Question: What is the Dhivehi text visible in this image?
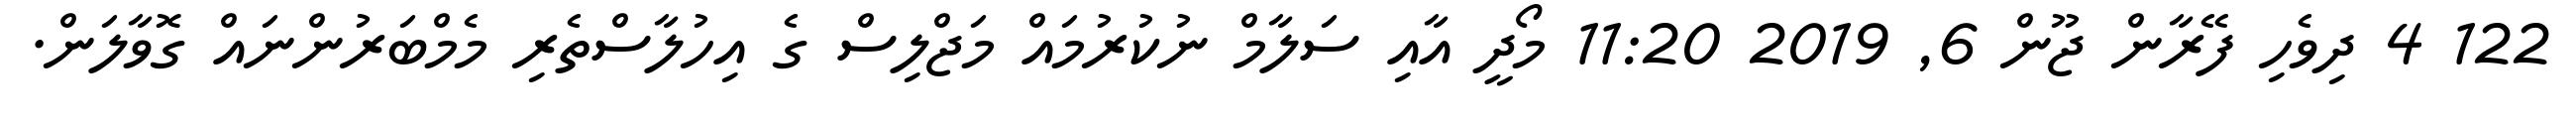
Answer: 122 4 ދިވެހި ފޭރާން ޖޫން 6, 2019 11:20 މޯދީ އާއި ސަލާމް ނުކުރުމައް މަޖްލިސް ގެ އިހުލާސްތެރި މެމްބަރުންނައް ގޮވާލަން.